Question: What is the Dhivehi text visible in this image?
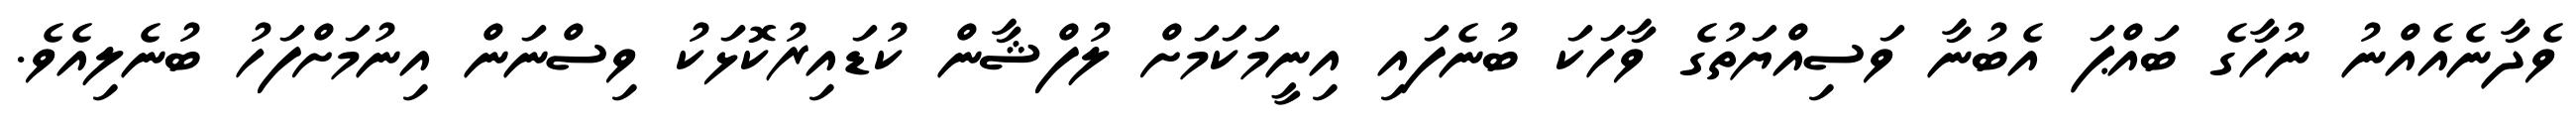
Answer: ވެދާނެއެއްނު ނުހާގެ ބައްޕަ އެބުނާ ވަސިއްޔަތުގެ ވާހަކަ ބުނެފައި އިނީމަކަމަށް ލުފްޝާން ކުޑައިރުކޮޅަކު ވިސްނަން އިނުމަށްފަހު ބުނެލިއެވެ.